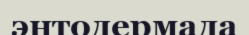
энтодермада